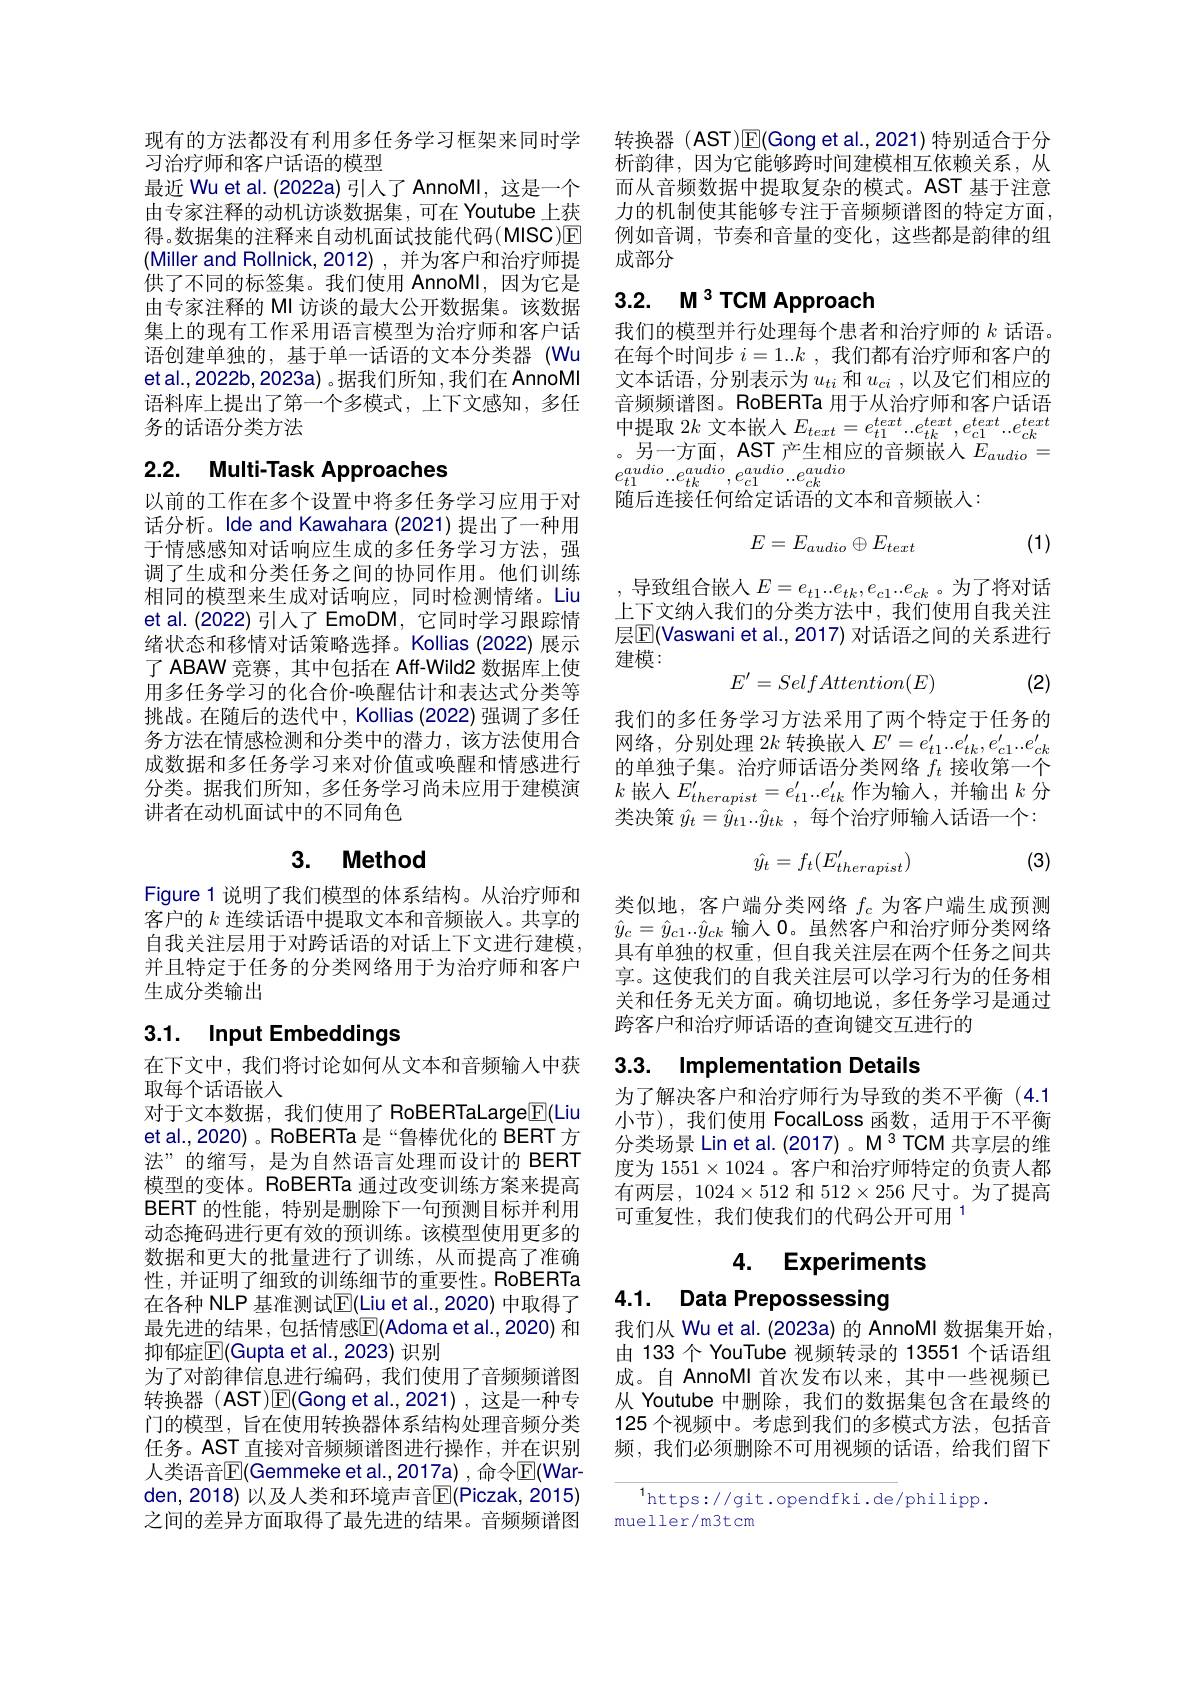
现有的方法都没有利用多任务学习框架来同时学
习治疗师和客户话语的模型
最近 Wu et al.(2022a) 引入了 AnnoMI, 这是一个由专家注释的动机访谈数据集，可在 Youtube 上获得。数据集的注释来自动机面试技能代码(MISC)回(Miller and Rollnick,2012),并为客户和治疗师提供了不同的标签集。我们使用 AnnoMI,因为它是由专家注释的 MI 访谈的最大公开数据集。该数据集上的现有工作采用语言模型为治疗师和客户话语创建单独的，基于单一话语的文本分类器(Wu et al., 2022b, 2023a) 。据我们所知 , 我们在 AnnoMI 语料库上提出了第一个多模式，上下文感知，多任务的话语分类方法

# 2.2. Multi-Task Approaches

以前的工作在多个设置中将多任务学习应用于对话分析。Ide and Kawahara (2021)提出了一种用于情感感知对话响应生成的多任务学习方法，强调了生成和分类任务之间的协同作用。他们训练相同的模型来生成对话响应，同时检测情绪。Liu et al. (2022) 引人了 EmoDM, 它同时学习跟踪情绪状态和移情对话策略选择。Kollias (2022) 展示了 ABAW 竞赛，其中包括在 Aff-Wild2 数据库上使用多任务学习的化合价-唤醒估计和表达式分类等挑战。在随后的迭代中，Kollias (2022)强调了多任务方法在情感检测和分类中的潜力，该方法使用合成数据和多任务学习来对价值或唤醒和情感进行分类。据我们所知，多任务学习尚未应用于建模演讲者在动机面试中的不同角色

# 3. Method

Figure 1 说明了我们模型的体系结构。从治疗师和客户的$k$连续话语中提取文本和音频嵌人。共享的自我关注层用于对跨话语的对话上下文进行建模， 并且特定于任务的分类网络用于为治疗师和客户生成分类输出

# 3.1. Input Embeddings

在下文中，我们将讨论如何从文本和音频输入中获
取每个话语嵌人
对于文本数据，我们使用了 RoBERTaLarge$\overline{\mathbb{F}}($Liu et al., 2020) 。RoBERTa 是“鲁棒优化的 BERT 方法”的缩写，是为自然语言处理而设计的 BERT 模型的变体。RoBERTa 通过改变训练方案来提高BERT 的性能，特别是删除下一句预测目标并利用动态掩码进行更有效的预训练。该模型使用更多的数据和更大的批量进行了训练，从而提高了准确性，并证明了细致的训练细节的重要性。RoBERTa 在各种 NLP 基准测试$\overline{\mathbb{E}}($Liu et al.,2020) 中取得了最先进的结果，包括情感$\mathbb{E}($Adoma et al.,2020) 和抑郁症$\mathbb{E}($Gupta et al.,2023) 识别
为了对韵律信息进行编码，我们使用了音频频谱图转换器(AST)$\mathbb{E}($Gong et al.,2021),这是一种专门的模型，旨在使用转换器体系结构处理音频分类任务。AST 直接对音频频谱图进行操作，并在识别人类语音$\mathbb{E}($Gemmeke et al.,2017a) ,命令$\mathbb{E}($Warden, 2018) 以及人类和环境声音$\mathbb{E}(\mathbb{P}$iczak, 2015) 之间的差异方面取得了最先进的结果。音频频谱图

转换器(AST)$\mathbb{E}($Gong et al.,2021)特别适合于分析韵律，因为它能够跨时间建模相互依赖关系，从而从音频数据中提取复杂的模式。AST 基于注意力的机制使其能够专注于音频频谱图的特定方面， 例如音调，节奏和音量的变化，这些都是韵律的组成部分

# 3.2. $M^3$ TCM Approach

我们的模型并行处理每个患者和治疗师的$k$话语。在每个时间步$i=1..k$,我们都有治疗师和客户的文本话语，分别表示为$u_ti$ 和$u_ci$,以及它们相应的音频频谱图。RoBERTa 用于从治疗师和客户话语中提取$2k$文本嵌人$E_text=e_{t1}^{text}...e_{tk}^{text},e_{c1}^{text}...e_{ck}^{text}$ $\begin{array}{l}{\text{。另一方面 , AST 产生相应的音频嵌入 }E_{audio}=}\\{e_{t1}^{audio}..e_{tk}^{audio},e_{c1}^{audio}..e_{ck}^{audio}}\end{array}$ 随后连接任何给定话语的文本和音频嵌入：
$$E=E_{audio}\oplus E_{text}$$
(1)
$$E=e_{t1}...e_{tk},e_{c1}...e_{ck}$$
上下文纳人我们的分类方法中，我们使用自我关注层$\mathbb{E}($Vaswani et al., 2017) 对话语之间的关系进行建模：
$$E'=SelfAttention(E)$$
(2)

我们的多任务学习方法采用了两个特定于任务的网络，分别处理$2k$转换嵌入$E^\prime=e_{t1}^{\prime}...e_{tk}^{\prime},e_{c1}^{\prime}...e_{ck}^{\prime}$ 的单独子集。治疗师话语分类网络$f_t$接收第一个$k$ 嵌入$E_therapist^{\prime}=e_{t1}^{\prime}...e_{tk}^{\prime}$作为输入，并输出$k$ 分类决策$\hat{y} _t= \hat{y} _{t1}. . \hat{y} _{tk}$ ,每个治疗师输入话语一个：

(3)
$$\hat{y_t}=f_t(E_{therapist}^{\prime})$$
类似地，客户端分类网络$f_c$为客户端生成预测$\hat{y}_c=\hat{y}_{c1}..\hat{y}_{ck}$输人 0。虽然客户和治疗师分类网络具有单独的权重，但自我关注层在两个任务之间共享。这使我们的自我关注层可以学习行为的任务相关和任务无关方面。确切地说，多任务学习是通过跨客户和治疗师话语的查询键交互进行的

## 3.3. Implementation Details

为了解决客户和治疗师行为导致的类不平衡(4.1小节),我们使用 FocalLoss 函数，适用于不平衡分类场景 Lin et al.(2017)。M 3 TCM 共享层的维度为$1551\times1024$ 。客户和治疗师特定的负责人都有两层，1024$\times512$和$512\times256$尺寸。为了提高可重复性，我们使我们的代码公开可用$^{1}$

### 4. Experiments

4.1. Data Prepossessing

我们从 Wu et al. (2023a) 的 AnnoMI 数据集开始 , 由 133 个 YouTube 视频转录的 13551 个话语组成。自 AnnoMI 首次发布以来，其中一些视频已从 Youtube 中删除，我们的数据集包含在最终的125 个视频中。考虑到我们的多模式方法，包括音频，我们必须删除不可用视频的话语，给我们留下

$^{1}$https://git.opendfki.de/philipp.
mueller/m3tcm